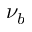
\nu _ { b }